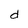
Character: d